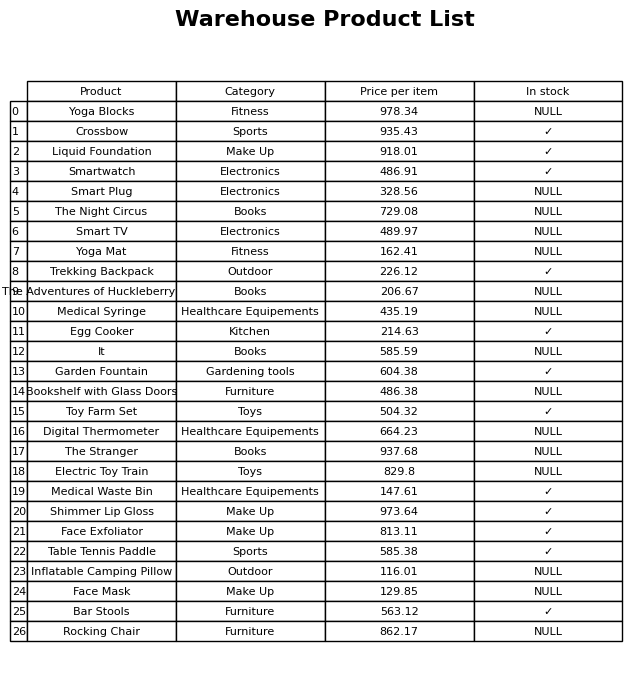
question: What is the price for Yoga Blocks?
answer: The price of Yoga Blocks is 978.34.